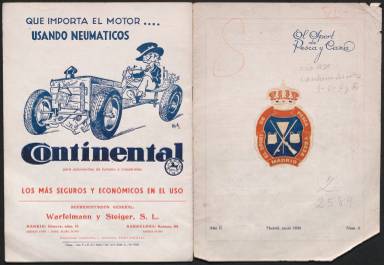
Título: El Sport de pesca y caza
Otros títulos: Boletín de El Sport de Pesca y Caza
Colección: Caza y pesca || Deportes
Ámbito geográfico: Madrid
Lugar de publicación: Madrid
Fechas: 01/06/1930-30/06/1936